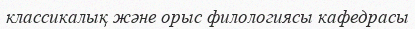
классикалық және орыс филологиясы кафедрасы